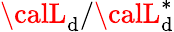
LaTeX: {\calL}_{\mathrm{d}}/{\calL}_{\mathrm{d}}^{*}